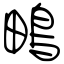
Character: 鴫